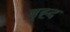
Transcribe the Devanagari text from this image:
बृह्द